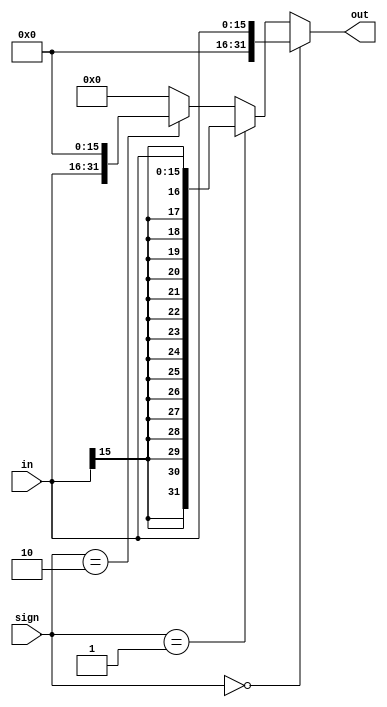
module ext(in, sign, out);
  input [15:0] in;
  input [1:0] sign;
  output [31:0] out;
  
  wire [31:0] zero_ext;
  wire [31:0] sign_ext;
  wire [31:0] lui_ext;
  
  parameter z = 16'b0;
  wire [15:0] s = {16{in[15]}};
  
  assign zero_ext = {z, in};
  assign sign_ext = {s, in};
  assign lui_ext = {in, z};
  
  // 00 - zero ext
  // 01 - sign ext
  // 10 - lui
  assign out = (sign == 2'b00) ? zero_ext:
         (sign == 2'b01) ? sign_ext:
         (sign == 2'b10) ? lui_ext : 0;
endmodule